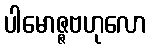
ပါမောဇ္ဇဗဟုလော